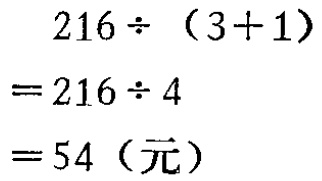
\[
\begin{align*}
216\div(3 + 1)&=216\div4\\
&= 54（元）
\end{align*}
\]